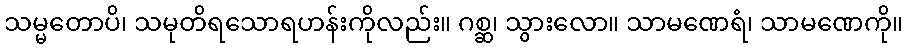
သမ္မတောပိ၊ သမုတိရသောရဟန်းကိုလည်း။ ဂစ္ဆ၊ သွားလော။ သာမဏေရံ၊ သာမဏေကို။